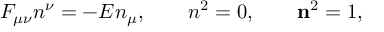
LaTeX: F _ { \mu \nu } n ^ { \nu } = - { \cal E } n _ { \mu } , \qquad n ^ { 2 } = 0 , \qquad { \bf n } ^ { 2 } = 1 ,